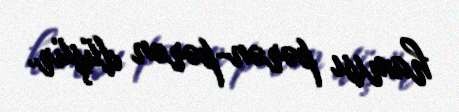
hamısı pərən-pərən düşür.